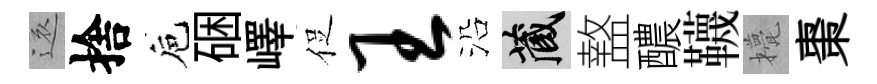
還捨巵硱嶧促王沿藏盩醲韈甍棗